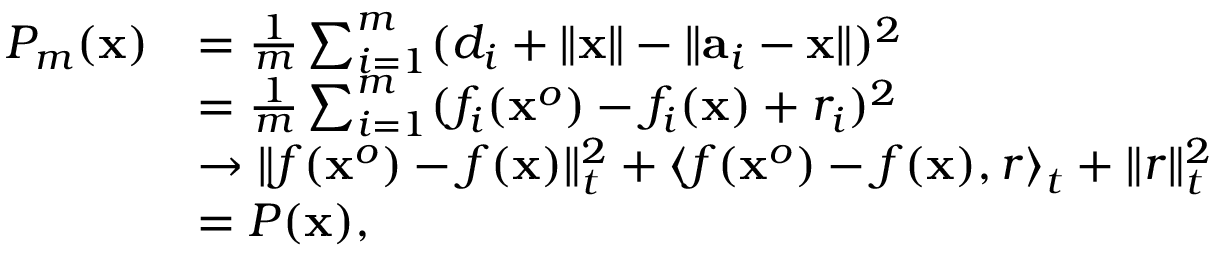
\begin{array} { r l } { P _ { m } ( { \bf x } ) } & { = \frac { 1 } { m } \sum _ { i = 1 } ^ { m } ( d _ { i } + \| { \bf x } \| - \| { \bf a } _ { i } - { \bf x } \| ) ^ { 2 } } \\ & { = \frac { 1 } { m } \sum _ { i = 1 } ^ { m } ( f _ { i } ( { \bf x } ^ { o } ) - f _ { i } ( { \bf x } ) + r _ { i } ) ^ { 2 } } \\ & { \rightarrow \| f ( { \bf x } ^ { o } ) - f ( { \bf x } ) \| _ { t } ^ { 2 } + \left\langle f ( { \bf x } ^ { o } ) - f ( { \bf x } ) , r \right\rangle _ { t } + \| r \| _ { t } ^ { 2 } } \\ & { = P ( { \bf x } ) , } \end{array}